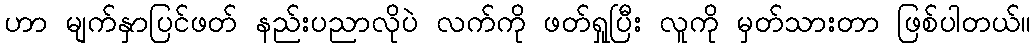
ဟာ မျက်နှာပြင်ဖတ် နည်းပညာလိုပဲ လက်ကို ဖတ်ရှုပြီး လူကို မှတ်သားတာ ဖြစ်ပါတယ်။